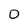
Character: 0